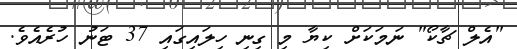
"އެލް ޗާކޯ" ނަމަކަށް ކިޔާ މި ގިނި ހިލައިގައި 37 ޓަނު ހުރެއެވެ.